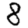
Digit: 8